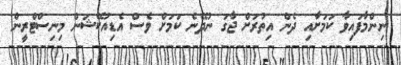
ނިންމާފައިވާ ކަމަށާއި ދެން އިތުރަށް ޖާގަ ނުދޭނެ ކަމަށް ވެސް އެޑިއުކޭޝަން މިނިސްޓްރީން